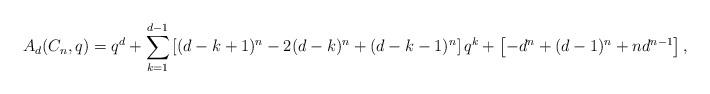
LaTeX: \begin{align*}A_d(C_n,q)= q^d+\sum_{k=1}^{d-1}\left[(d-k+1)^n-2(d-k)^n+(d-k-1)^n\right] q^k+\left[-d^n+(d-1)^n+nd^{n-1}\right],\end{align*}